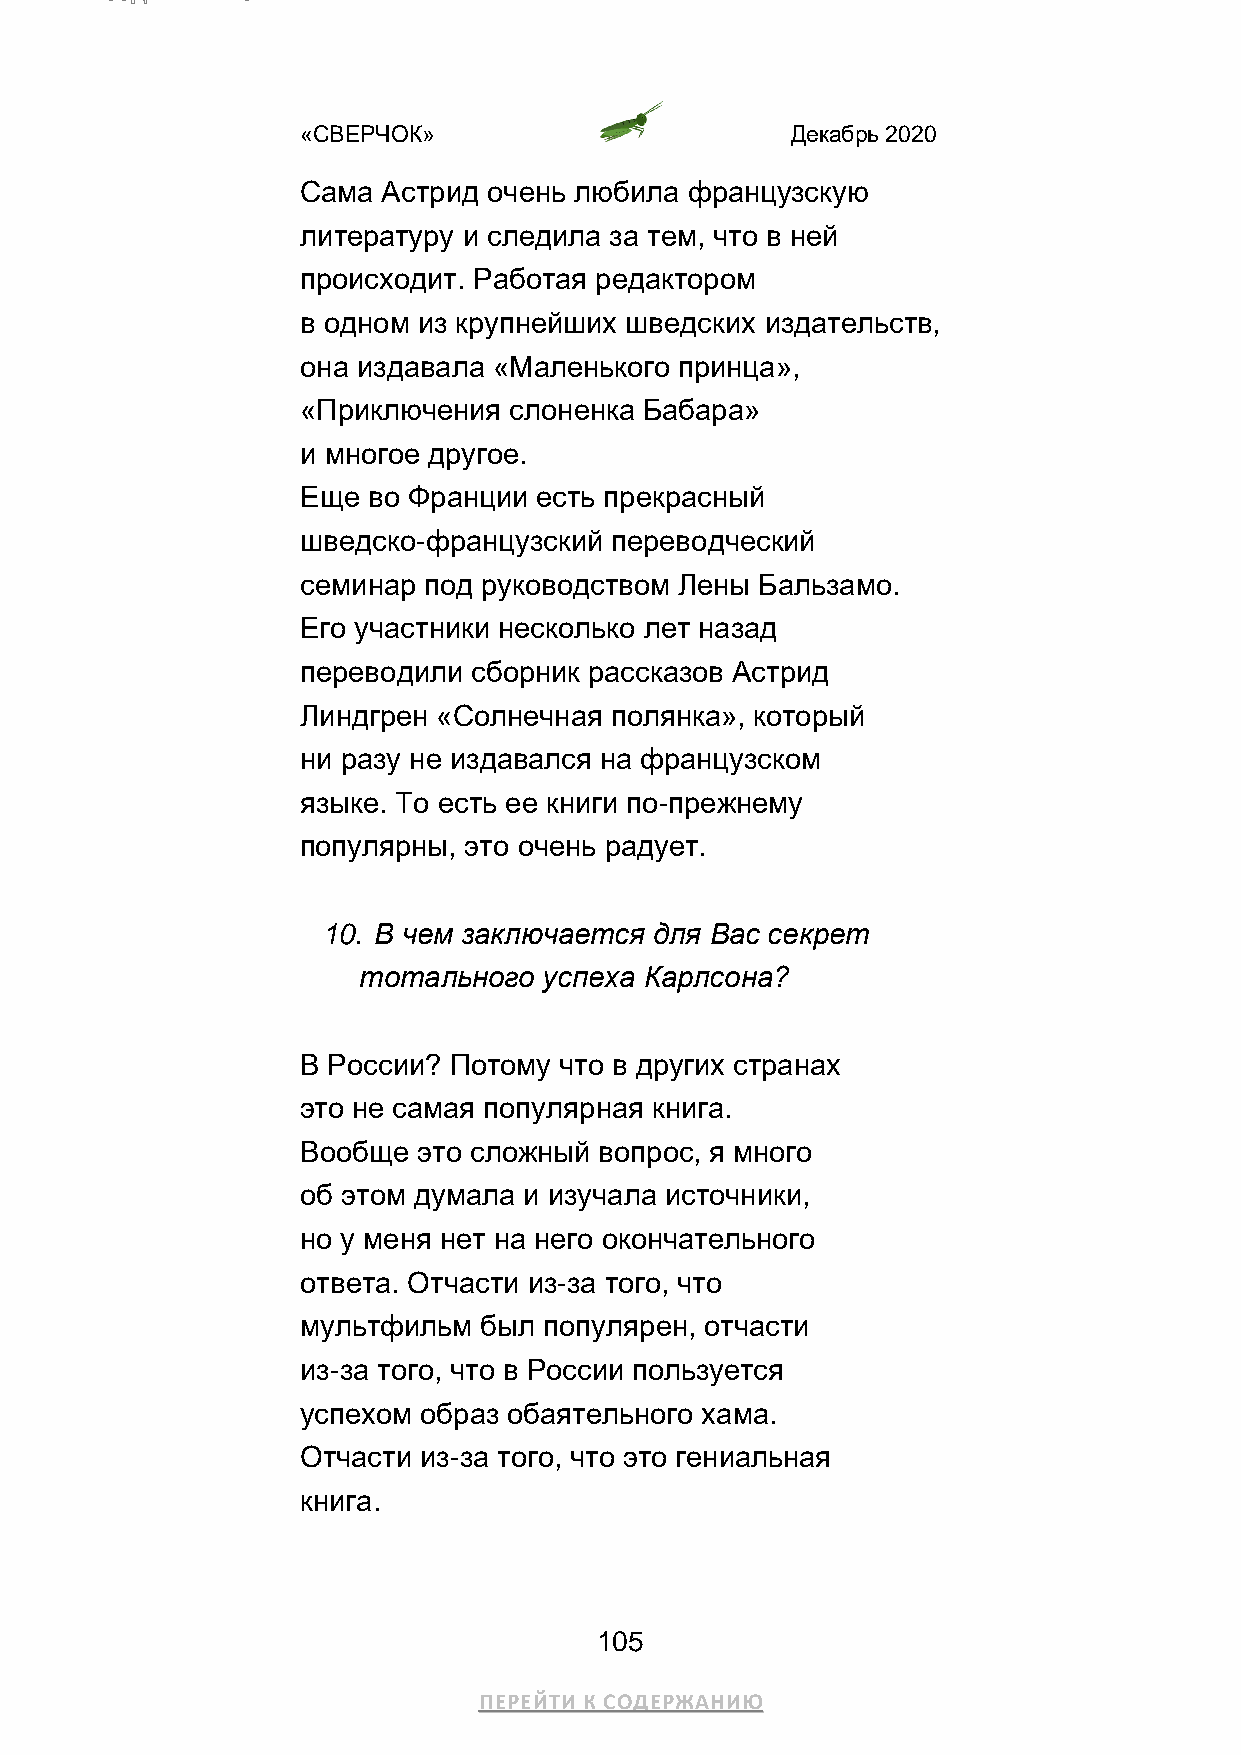
«СВЕРЧОК»                       Декабрь 2020
 Сама Астрид очень любила французскую
 литературу и следила за тем, что в ней
 происходит. Работая редактором
 в одном из крупнейших шведских издательств,
 она издавала «Маленького принца»,
 «Приключения  слоненка Бабара»
 и многое другое.
 Еще во Франции есть прекрасный
 шведско-французский переводческий
 семинар под руководством Лены Бальзамо.
 Его участники несколько лет назад
 переводили сборник рассказов Астрид
 Линдгрен «Солнечная полянка», который
 ни разу не издавался на французском
 языке. То есть ее книги по-прежнему
 популярны, это очень радует.
 10. В чем заключается для Вас секрет
 тотального  успеха Карлсона?
 В России? Потому что в других странах
 это не самая популярная книга.
 Вообще  это сложный вопрос, я много
 об этом думала и изучала источники,
 но у меня нет на него окончательного
 ответа. Отчасти из-за того, что
 мультфильм  был популярен, отчасти
 из-за того, что в России пользуется
 успехом образ обаятельного хама.
 Отчасти из-за того, что это гениальная
 книга.
 105
 ПЕРЕЙТИ К СОДЕРЖАНИЮ